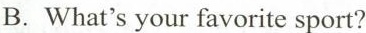
B.What's your favorite sport?